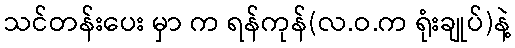
သင်တန်းပေး မှာ က ရန်ကုန်(လ.ဝ.က ရုံးချုပ်)နဲ့